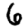
Digit: 6